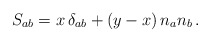
\begin{align*}S_{ab} = x \, \delta_{ab} + (y - x)\, n_a n_b \,.\end{align*}